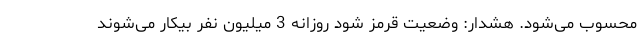
محسوب می‌شود. هشدار: وضعیت قرمز شود روزانه 3 میلیون نفر بیکار می‌شوند